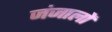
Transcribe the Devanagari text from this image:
जंजालों